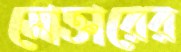
মোক্তারের